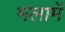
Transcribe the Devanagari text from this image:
मलामें